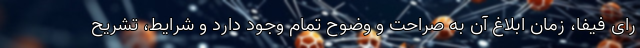
رای فیفا، زمان ابلاغ آن به صراحت و وضوح تمام وجود دارد و شرایط، تشریح